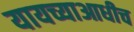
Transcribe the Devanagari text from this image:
यायच्याआधीच